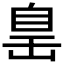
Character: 𦤍